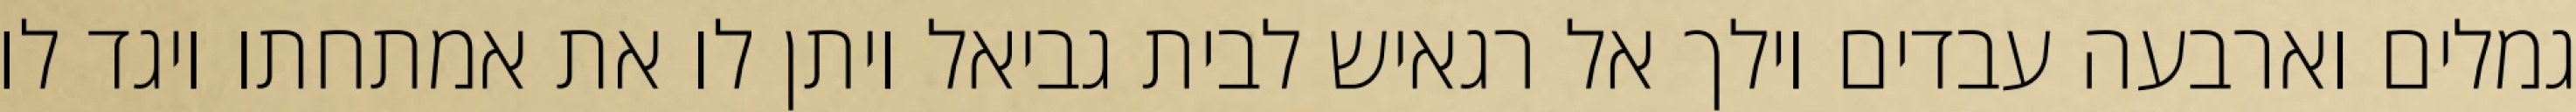
גמלים וארבעה עבדים וילך אל רגאיש לבית גביאל ויתן לו את אמתחתו ויגד לו